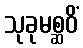
သုခုမစ္ဆဝိံ